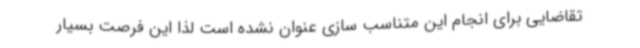
تقاضایی برای انجام این متناسب سازی عنوان نشده است لذا این فرصت بسیار